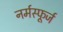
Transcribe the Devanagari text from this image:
नर्मस्फूर्ज